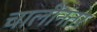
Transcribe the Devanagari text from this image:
चालींनंतर